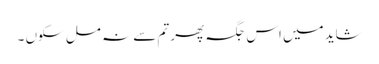
شاید میں اس جگہ پھر تم سے نہ مل سکوں ۔